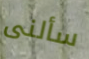
سألنى